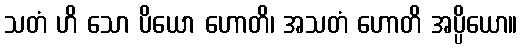
သတံ ဟိ သော ပိယော ဟောတိ၊ အသတံ ဟောတိ အပ္ပိယော။